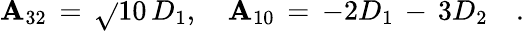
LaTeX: {\cal\mathbf{A}}_{32}\, =\, \sqrt{}{{10}}\, D_{1},\quad{\cal\mathbf{A}}_{10}\, =\, -2D_{1}\, -\, 3D_{2}\quad.